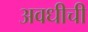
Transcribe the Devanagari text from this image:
अवधीची